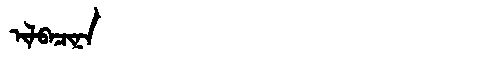
Manchu: ᡳᠯᠪᠠᠴᡳᠨᠠ
Romanization: ILBACINA